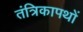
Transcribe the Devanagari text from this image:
तंत्रिकापथों